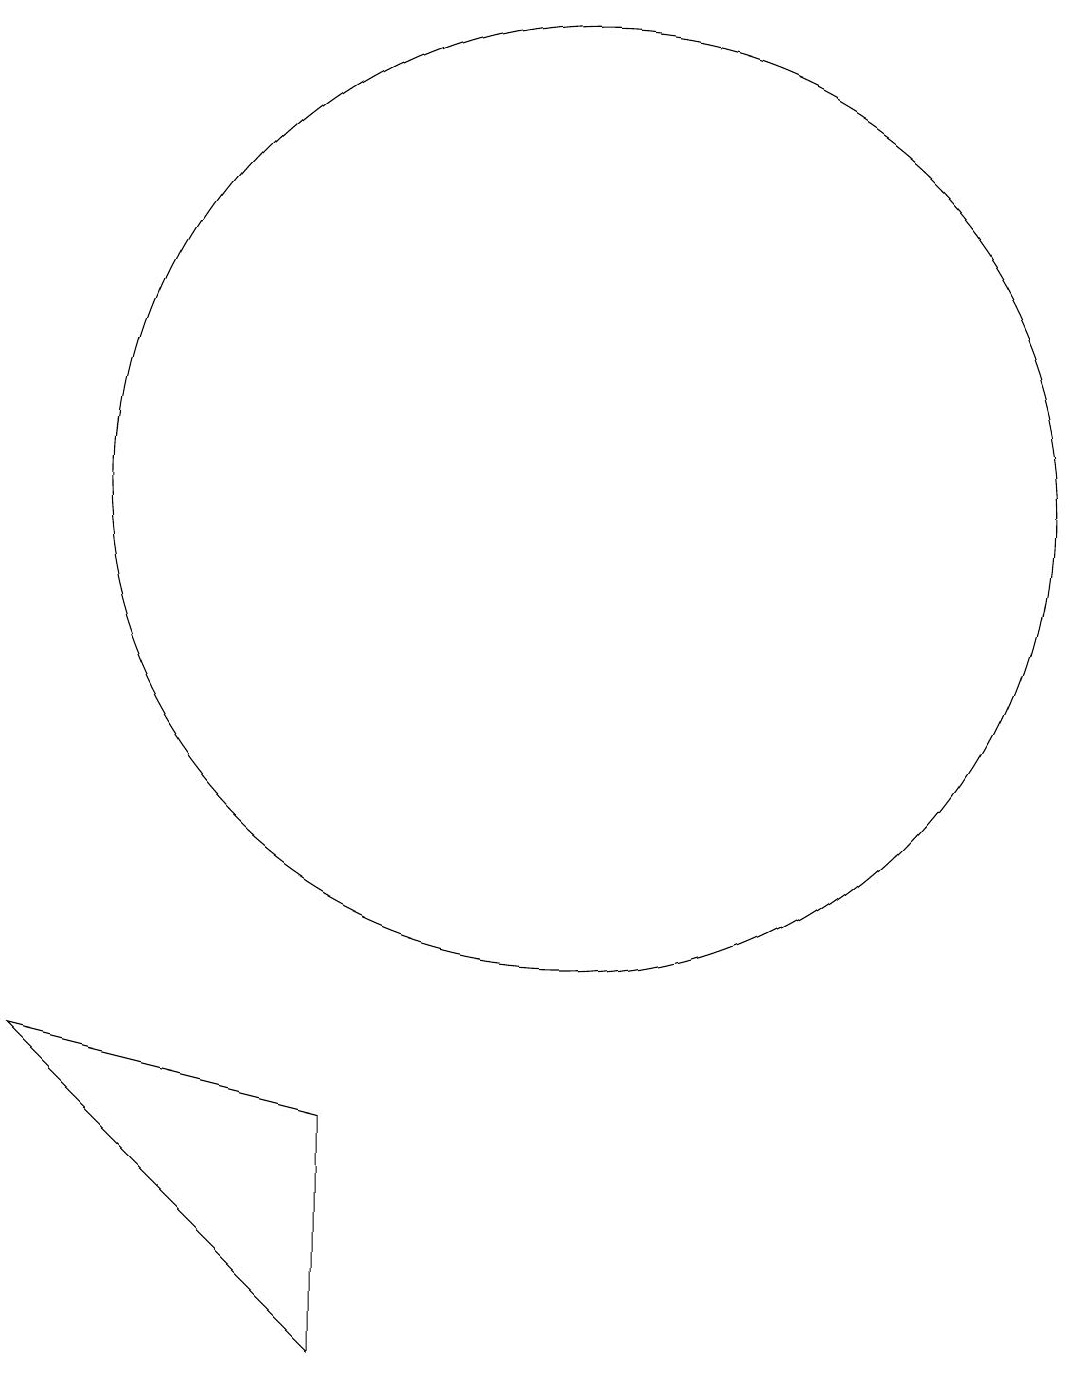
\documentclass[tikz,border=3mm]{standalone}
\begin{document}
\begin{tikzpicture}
\draw (10,11) circle (6);
\draw (10,11) circle (0);
\draw (3,4) -- (7,0) -- (7,3) -- cycle;
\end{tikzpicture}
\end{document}